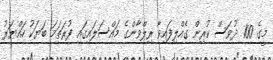
މީގެ 100 ދުވަސް ކުރިން ގެއްލިފައިވާ ރިލްވާންގެ މައްސަލައިގައި ފުރަތަމަ ބަޔަކު ހައްޔަރު